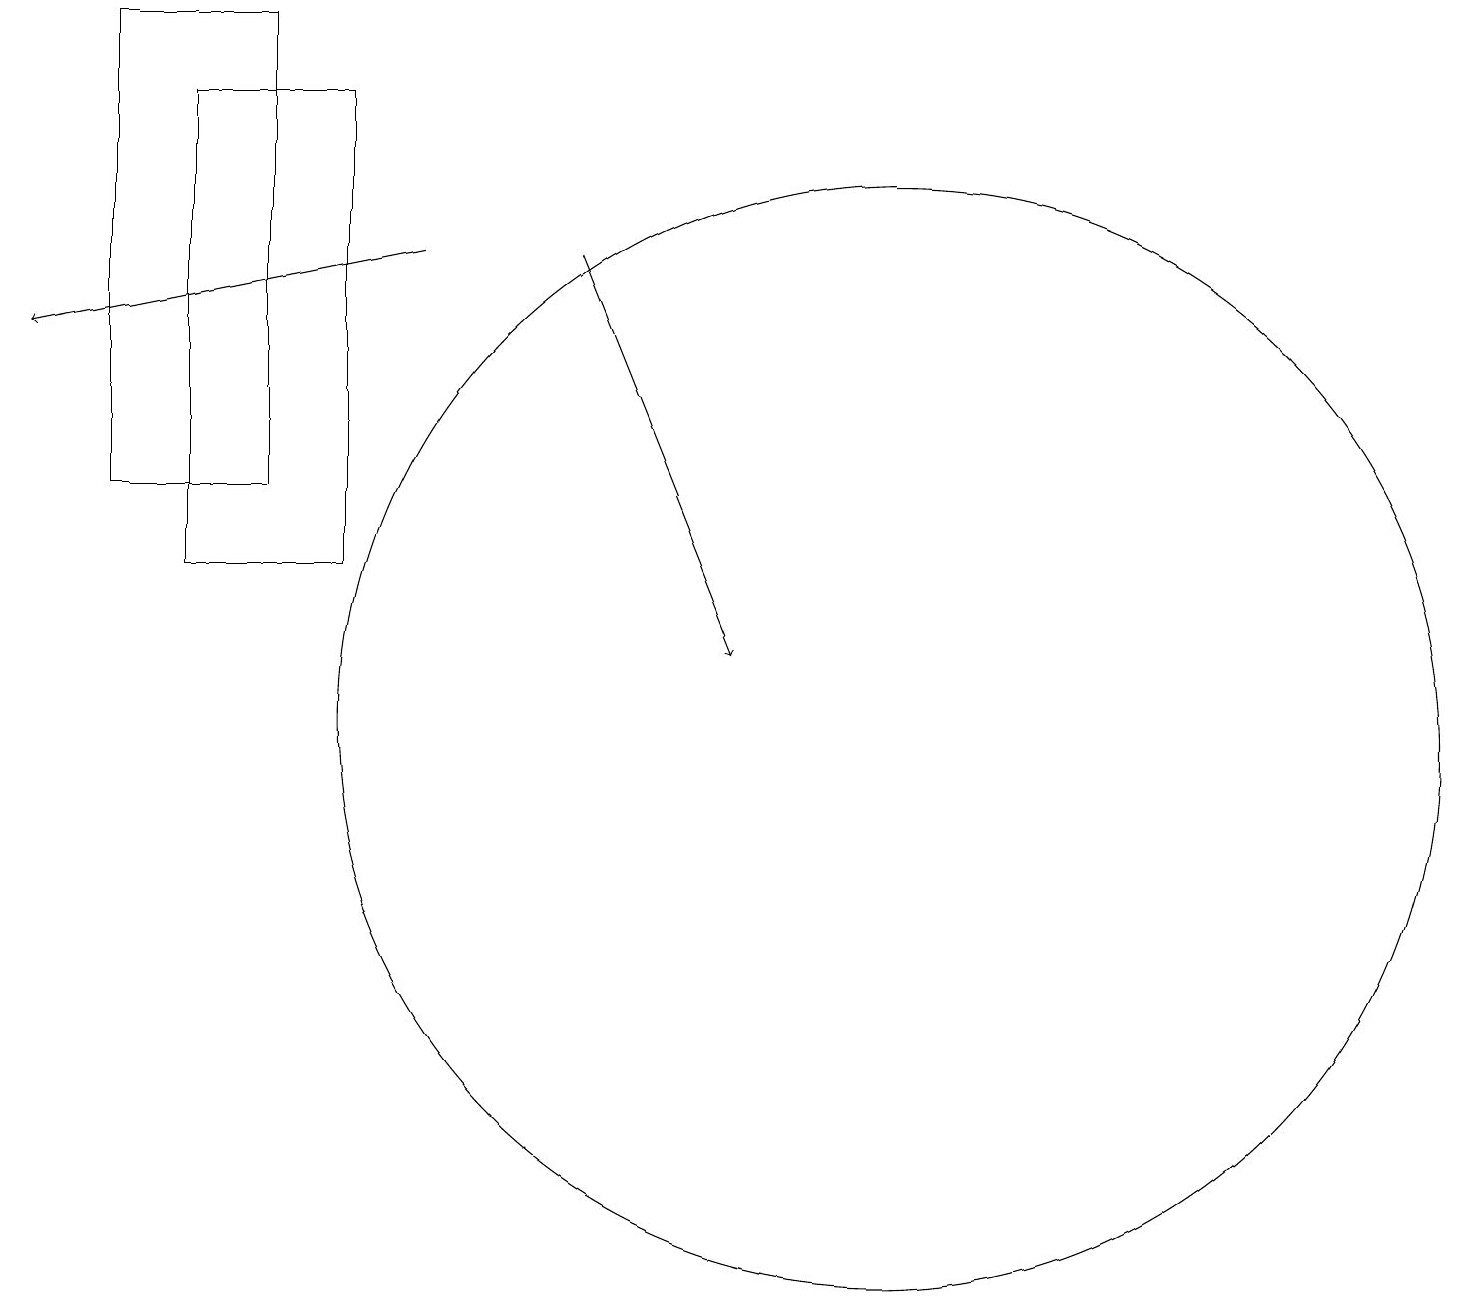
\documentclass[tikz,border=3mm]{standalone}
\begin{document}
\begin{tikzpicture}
\draw (4,12) rectangle (2,18);
\draw (11,10) circle (7);
\draw[->] (7,16) -- (9,11);
\draw (3,19) rectangle (1,13);
\draw[->] (5,16) -- (0,15);
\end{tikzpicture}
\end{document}